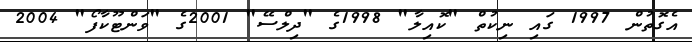
އެގޮތުން 1997 ގައި ނިކުތް "ކޮއިލާ" 1998ގެ "ދިލްސޭ" 2001ގެ "ވަންޓޫކާފޯ" 2004